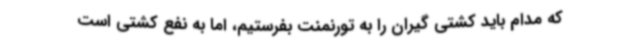
که مدام باید کشتی گیران را به تورنمنت بفرستیم، اما به نفع کشتی است